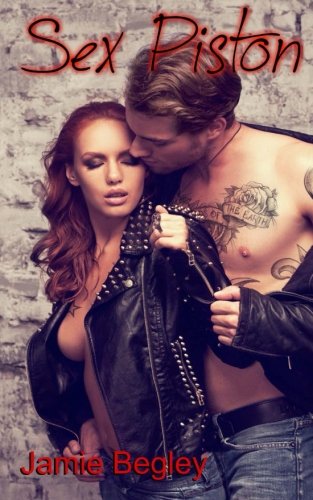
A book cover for Sex Piston (Biker Bitches) (Volume 1); Jamie Begley; Romance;